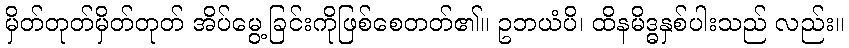
မှိတ်တုတ်မှိတ်တုတ် အိပ်မွေ့ခြင်းကိုဖြစ်စေတတ်၏။ ဥဘယံပိ၊ ထိနမိဒ္ဓနှစ်ပါးသည် လည်း။